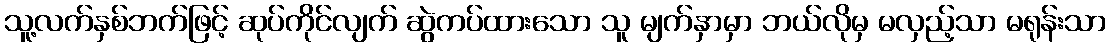
သူ့လက်နှစ်ဘက်ဖြင့် ဆုပ်ကိုင်လျက် ဆွဲကပ်ထားသော သူ မျက်နှာမှာ ဘယ်လိုမှ မလှည့်သာ မရုန်းသာ